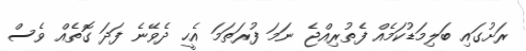
ރަށުގައި ބަލިމަޑުކަމެއް ފެތުރިއްޖެ ނަމަ ފުރަތަމަ އެހީ ދެވޭނެ ފަދަ ގޮތެއް ވެސް